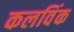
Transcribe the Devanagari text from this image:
कलविंक